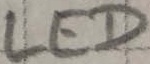
Text: LED